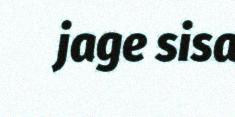
jage sisa